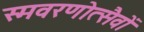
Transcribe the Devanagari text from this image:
स्मवरणोत्सैवों